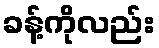
ခန့်ကိုလည်း